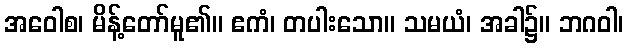
အဝေါစ၊ မိန့်တော်မူ၏။ ဧကံ၊ တပါးသော။ သမယံ၊ အခါ၌။ ဘဂဝါ၊